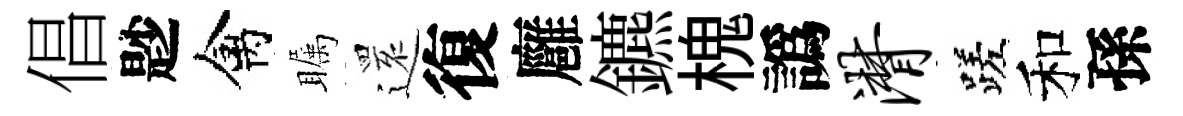
倡尟禽瞩𮟃復廱鑣槐譌潸蹉和孫